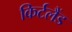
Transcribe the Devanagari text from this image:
किर्टलैंड